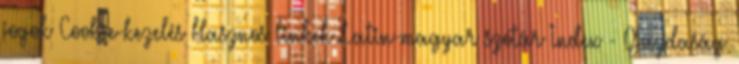
jogok Cookie-kezelés Hasznos linkek Latin-magyar szótár Index - Gazdaság